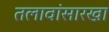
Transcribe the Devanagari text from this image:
तलावांसारखा